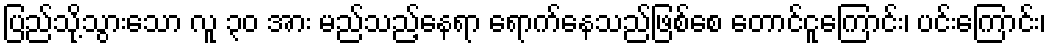
ပြည်သို့သွားသော လူ ၃၀ အား မည်သည့်နေရာ ရောက်နေသည်ဖြစ်စေ တောင်ငူကြောင်း၊ ပင်းကြောင်း၊